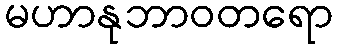
မဟာနုဘာဝတရော